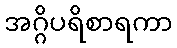
အဂ္ဂိပရိစာရကာ